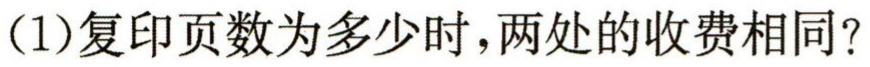
(1)复印页数为多少时，两处的收费相同？